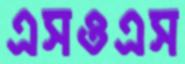
এসওএস